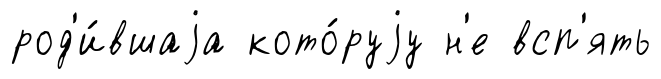
род'и́вшаjа кото́руjу н'е всп'ять